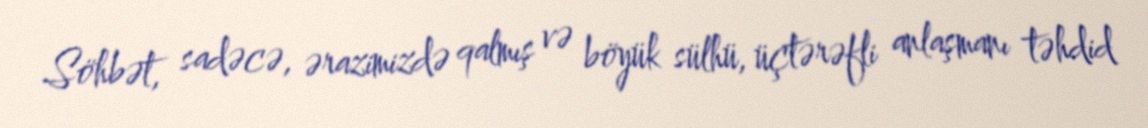
Söhbət, sadəcə, ərazimizdə qalmış və böyük sülhü, üçtərəfli anlaşmanı təhdid